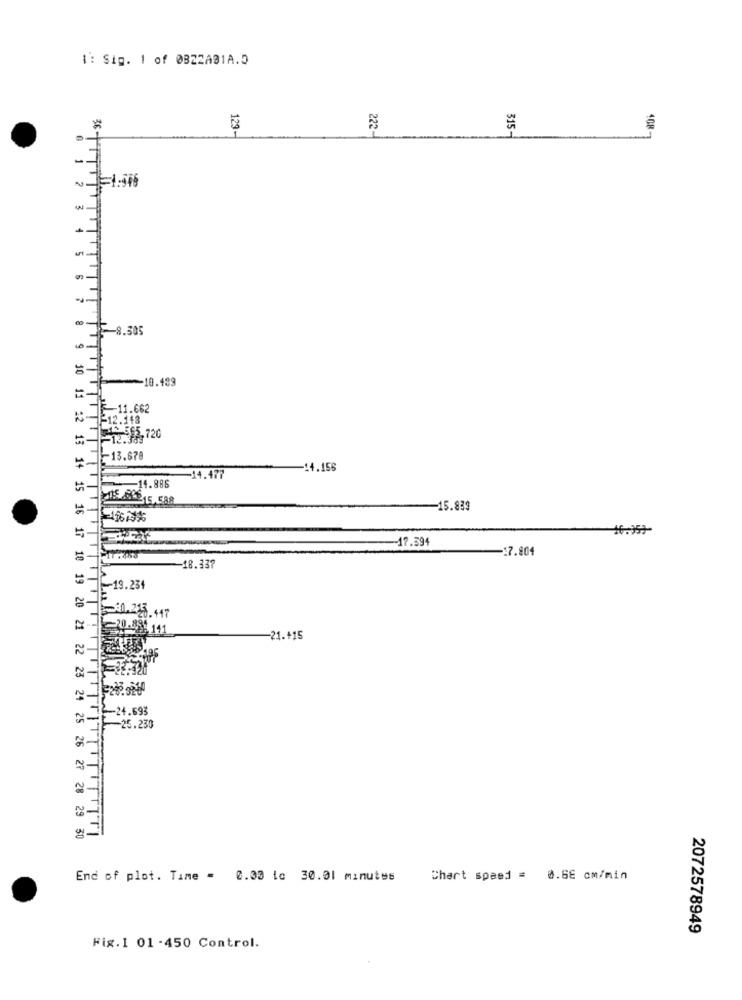
1: Sig. 1 of 0822A01A.5
129-
222-
315
408
8.305
-10.429
F-11.662
~- 12.143
14 565,720
~13.678
-14.156
-14.477
14.886
-15.833
46.959
-17.394
-17.804
11.456
-18.337
-19.234
10.225.+47
-21.+15
2-24.693
25.230
10 11 12 13 14 15 16 17 10 19 20 21 22 23 24 25 26 27 28 29 30
End of plot. Time = 0.00 ic 30.01 minutes
Chart spaed = 0.GE cm/min
2072578949
Fig.1 01-450 Control.